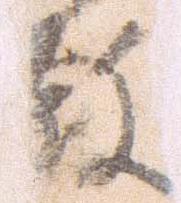
教